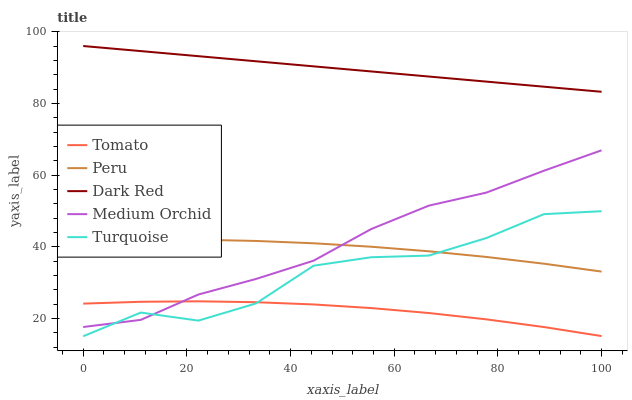
| xaxis_label | Tomato | Peru | Dark Red | Medium Orchid | Turquoise |
 | --- | --- | --- | --- | --- | --- |
 | 0 | 24.1 | 41.7 | 96 | 17.6 | 15 |
 | 11.1 | 24.6 | 42 | 94.6 | 19.6 | 21.6 |
 | 22.2 | 24.8 | 41.9 | 93.2 | 26.7 | 19.4 |
 | 33.3 | 24.5 | 41.6 | 91.7 | 31 | 24.2 |
 | 44.4 | 23.9 | 40.9 | 90.3 | 36.1 | 34.7 |
 | 55.6 | 22.9 | 40 | 88.9 | 44.9 | 37.1 |
 | 66.7 | 21.5 | 38.7 | 87.5 | 51.4 | 37.5 |
 | 77.8 | 19.7 | 37.1 | 86.1 | 55.1 | 42.4 |
 | 88.9 | 17.6 | 35.2 | 84.6 | 61.2 | 49.1 |
 | 100 | 15 | 33 | 83.2 | 66.9 | 49.9 |